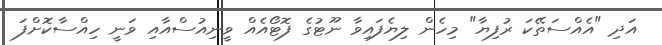
އަދި "އެއްސަތޭކަ ރުފިޔާ" މިހެން ލިޔެފައިވާ ނޫޓުގެ ފޮޓޯއެއް ވީނިއުސްއާއި ވަނީ ހިއްސާކޮށްފަ